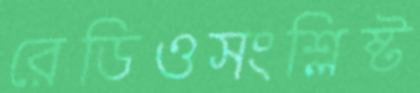
রেডিওসংশ্লিষ্ট